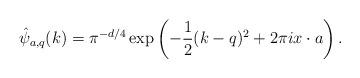
LaTeX: \begin{align*} \hat{\psi}_{a,q}(k) = \pi^{-d/4} \exp\left(- \frac{1}{2}(k - q)^2 + 2 \pi i x \cdot a \right) .\end{align*}